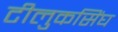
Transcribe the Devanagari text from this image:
टीलुकसिंघ